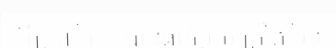
អ៊ីស្រាអែល បានធ្លាក់មួយគ្រឿងមែន